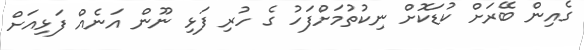
ގެއިން ބޭރަށް ކުޑަކޮށް ނިކުތުމަށްފަހު ގެ ހުރި ފަޅި ނޫން އަނެއް ފަޅިއަށް